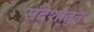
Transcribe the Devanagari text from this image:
संदेशातुन